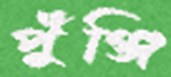
পুঁঞ্জি